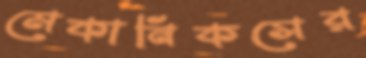
মেকানিকসের